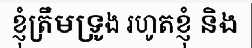
ខ្ញុំត្រឹមទ្រូង រហូតខ្ញុំ និង